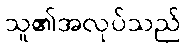
သူ၏အလုပ်သည်